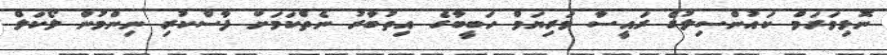
ނޮޅިވަރަމް ކައުންސިލުގެ ރައީސާ މަރިޔަމް ހަބީބާގެ އިތުބާރު ނެތްކަމަށް ފާސްކުރި ނިންމުން ލޯކަލް